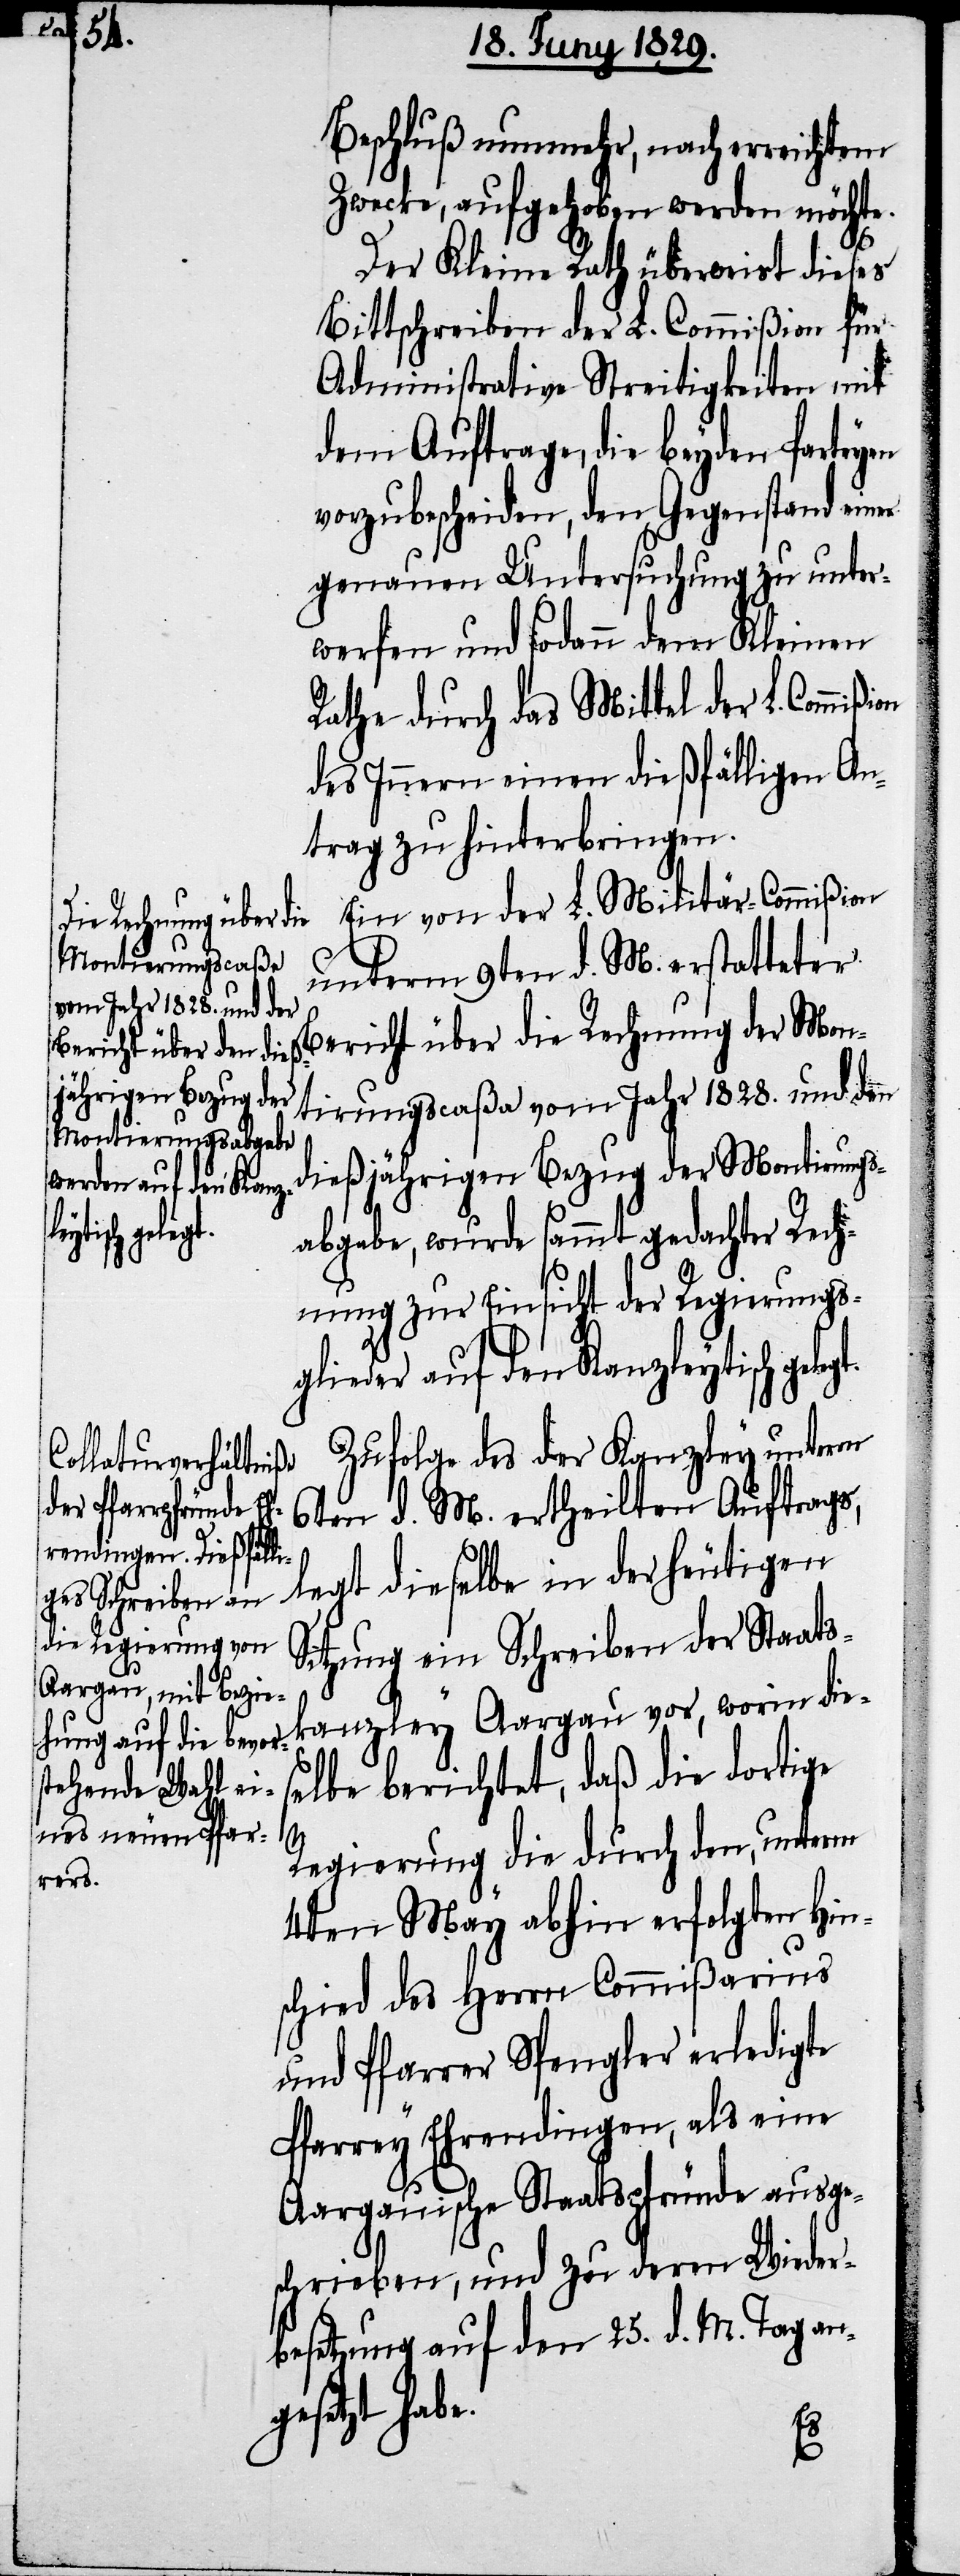
ßion

elegt.

Beschluß nunmehr, nach erreichtem
Zwecke, aufgehoben werden möchte.
Der Kleine Rath überweist dieses
Bittschreiben der L. Commißion für
Administrative Streitigkeiten mit
dem Auftrage, die beyden Parteyen
vorzubescheiden, den Gegenstand einer
genauen Untersuchung zu unter¬
werfen und sodann dem Kleinen
Rathe durch das Mittel der L. Commi¬
des Innern einen dießfälligen An¬
trag zu hinterbringen.
Ein von der L. Militär-Commißion
unterm 9ten d. M. erstatteter
Bericht über die Rechnung der Mon¬
tirungscaßa vom Jahr 1828. und den
dießjährigen Bezug der Montierungs¬
abgabe, wurde sammt gedachter Rech¬
nung zur Einsicht der Regierungs¬
glieder auf den Kanzleytisch g¬
Zufolge des der Kanzley unterm
6ten d. M. ertheilten Auftrags,
legt dieselbe in der heutigen
Sitzung ein Schreiben der Staats¬
kanzley Aargau vor, worin die¬
selbe berichtet, daß die dortige
Regierung die durch den, unterm
4ten May abhin erfolgten Hin¬
schied des Herrn Commißarius
und Pfarrer Spengler erledigte
Pfarrey Ehrendingen, als eine
Aargauische Staatspfründe ausge¬
schrieben, und zu deren Wieder¬
besetzung auf den 25. d. M. Tag an¬
gesetzt hab¬
e.